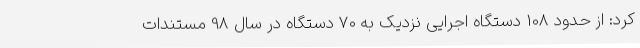
کرد: از حدود 108 دستگاه اجرایی نزدیک به 70 دستگاه در سال 98 مستندات